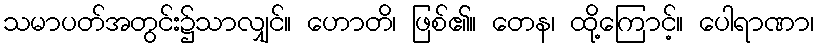
သမာပတ်အတွင်း၌သာလျှင်။ ဟောတိ၊ ဖြစ်၏။ တေန၊ ထို့ကြောင့်။ ပေါရာဏာ၊